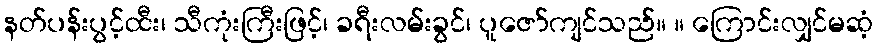
နတ်ပန်းပွင့်ထီး၊ သီကုံးကြီးဖြင့်၊ ခရီးလမ်းခွင်၊ ပူဇော်ကျင်သည်။ ။ ကြောင်းလျှင်မဆံ့